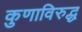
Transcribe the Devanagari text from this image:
कुणाविरुद्ध